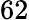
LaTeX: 62